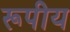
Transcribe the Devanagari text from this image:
रूपीय